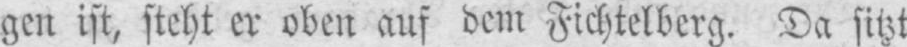
gen ist, steht er oben ans dem Fichtelberg. Da sitzt